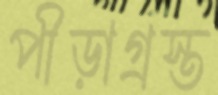
পীড়াগ্রস্ত